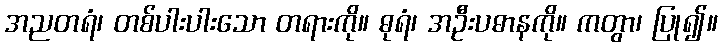
အညတရံ၊ တစ်ပါးပါးသော တရားကို။ ဓုရံ၊ အဦးပဓာနကို။ ကတွာ၊ ပြု၍။